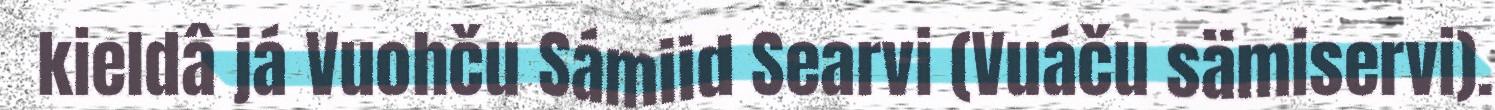
kieldâ já Vuohču Sámiid Searvi (Vuáču sämiservi).